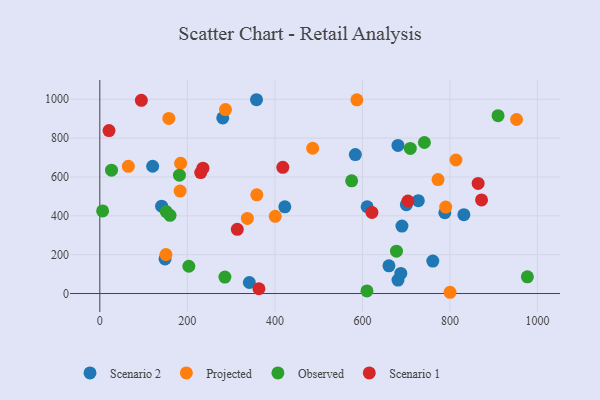
{"axis": {"x": "Experience", "y": "Fuel Efficiency"}, "legend": ["Observed", "Projected", "Scenario 1", "Scenario 2"], "data": [{"x": "610.8", "y": 446.8, "type": "Scenario 2"}, {"x": "727.7", "y": 478.0, "type": "Scenario 2"}, {"x": "660.6", "y": 142.6, "type": "Scenario 2"}, {"x": "149.0", "y": 178.0, "type": "Scenario 2"}, {"x": "760.8", "y": 166.9, "type": "Scenario 2"}, {"x": "280.9", "y": 904.0, "type": "Scenario 2"}, {"x": "141.2", "y": 449.7, "type": "Scenario 2"}, {"x": "120.7", "y": 655.2, "type": "Scenario 2"}, {"x": "358.0", "y": 997.7, "type": "Scenario 2"}, {"x": "681.3", "y": 69.0, "type": "Scenario 2"}, {"x": "700.4", "y": 457.5, "type": "Scenario 2"}, {"x": "681.2", "y": 762.6, "type": "Scenario 2"}, {"x": "341.6", "y": 56.8, "type": "Scenario 2"}, {"x": "687.7", "y": 103.2, "type": "Scenario 2"}, {"x": "583.8", "y": 715.3, "type": "Scenario 2"}, {"x": "690.3", "y": 347.3, "type": "Scenario 2"}, {"x": "788.3", "y": 415.7, "type": "Scenario 2"}, {"x": "422.7", "y": 446.3, "type": "Scenario 2"}, {"x": "831.8", "y": 405.7, "type": "Scenario 2"}, {"x": "358.7", "y": 507.9, "type": "Projected"}, {"x": "800.2", "y": 6.4, "type": "Projected"}, {"x": "151.1", "y": 200.4, "type": "Projected"}, {"x": "486.3", "y": 747.8, "type": "Projected"}, {"x": "813.7", "y": 687.4, "type": "Projected"}, {"x": "65.1", "y": 654.7, "type": "Projected"}, {"x": "184.6", "y": 670.1, "type": "Projected"}, {"x": "287.1", "y": 946.8, "type": "Projected"}, {"x": "772.8", "y": 586.7, "type": "Projected"}, {"x": "952.2", "y": 895.9, "type": "Projected"}, {"x": "400.8", "y": 397.6, "type": "Projected"}, {"x": "157.7", "y": 901.5, "type": "Projected"}, {"x": "183.5", "y": 527.3, "type": "Projected"}, {"x": "790.3", "y": 445.0, "type": "Projected"}, {"x": "337.2", "y": 386.4, "type": "Projected"}, {"x": "587.3", "y": 997.1, "type": "Projected"}, {"x": "26.7", "y": 634.8, "type": "Observed"}, {"x": "203.4", "y": 140.5, "type": "Observed"}, {"x": "151.9", "y": 421.8, "type": "Observed"}, {"x": "575.4", "y": 580.1, "type": "Observed"}, {"x": "285.8", "y": 84.9, "type": "Observed"}, {"x": "181.9", "y": 609.2, "type": "Observed"}, {"x": "976.9", "y": 85.9, "type": "Observed"}, {"x": "741.6", "y": 777.5, "type": "Observed"}, {"x": "677.8", "y": 218.1, "type": "Observed"}, {"x": "160.4", "y": 402.5, "type": "Observed"}, {"x": "6.4", "y": 425.2, "type": "Observed"}, {"x": "909.9", "y": 915.8, "type": "Observed"}, {"x": "610.3", "y": 13.4, "type": "Observed"}, {"x": "709.4", "y": 747.1, "type": "Observed"}, {"x": "21.0", "y": 838.7, "type": "Scenario 1"}, {"x": "621.7", "y": 417.7, "type": "Scenario 1"}, {"x": "418.1", "y": 649.8, "type": "Scenario 1"}, {"x": "94.9", "y": 994.5, "type": "Scenario 1"}, {"x": "230.5", "y": 622.4, "type": "Scenario 1"}, {"x": "864.4", "y": 566.7, "type": "Scenario 1"}, {"x": "872.2", "y": 482.1, "type": "Scenario 1"}, {"x": "235.6", "y": 645.1, "type": "Scenario 1"}, {"x": "363.6", "y": 24.5, "type": "Scenario 1"}, {"x": "314.1", "y": 330.3, "type": "Scenario 1"}, {"x": "704.0", "y": 476.3, "type": "Scenario 1"}]}